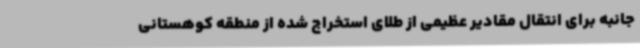
‌جانبه برای انتقال مقادیر عظیمی از طلای استخراج شده از منطقه کوهستانی